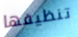
تنظيفها